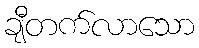
ချီတက်လာသော